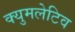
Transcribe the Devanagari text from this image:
क्युमलेटिव